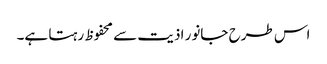
اس طرح جانور اذیت سے محفوظ رہتا ہے۔